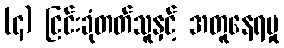
(၄) ငြင်းခုံတတ်သူနှင့် အတူနေရမှု